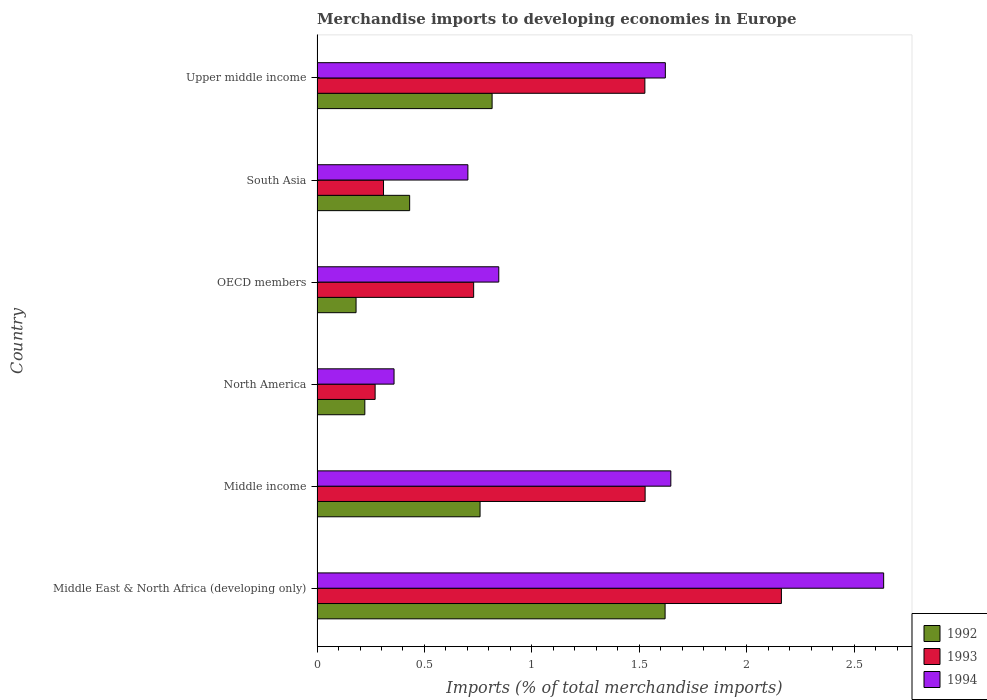
| Country | 1992 | 1993 | 1994 |
 | --- | --- | --- | --- |
 | Middle East & North Africa (developing only) | 1.62 | 2.16 | 2.64 |
 | Middle income | 0.759 | 1.53 | 1.65 |
 | North America | 0.222 | 0.27 | 0.358 |
 | OECD members | 0.182 | 0.729 | 0.846 |
 | South Asia | 0.431 | 0.309 | 0.702 |
 | Upper middle income | 0.815 | 1.53 | 1.62 |